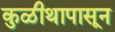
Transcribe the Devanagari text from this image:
कुळीथापासून